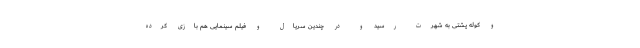
و کوله پشتی به شهرت رسید و در چندین سریال و فیلم سینمایی هم بازی کرده